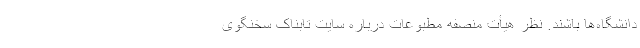
دانشگاه‌ها باشند. نظر هیأت منصفه مطبوعات درباره سایت تابناک سخنگوی